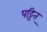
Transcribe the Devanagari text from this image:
पट्टित्